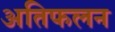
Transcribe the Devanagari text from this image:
अतिफलन